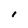
Character: I